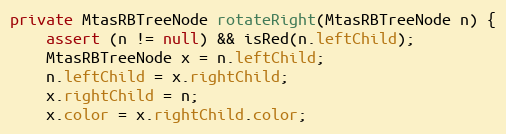
Language: Java
private MtasRBTreeNode rotateRight(MtasRBTreeNode n) {
    assert (n != null) && isRed(n.leftChild);
    MtasRBTreeNode x = n.leftChild;
    n.leftChild = x.rightChild;
    x.rightChild = n;
    x.color = x.rightChild.color;